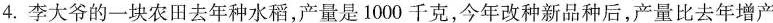
4.李大爷的一块农田去年种水稻，产量是1000千克，今年改种新品种后，产量比去年增产